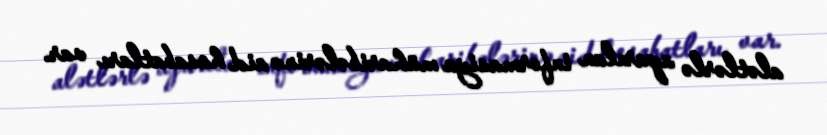
alətlərlə aparılan informasiya müharibələrinə aid hesabatları var.